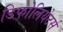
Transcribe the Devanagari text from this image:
डिफोलियेटर्स